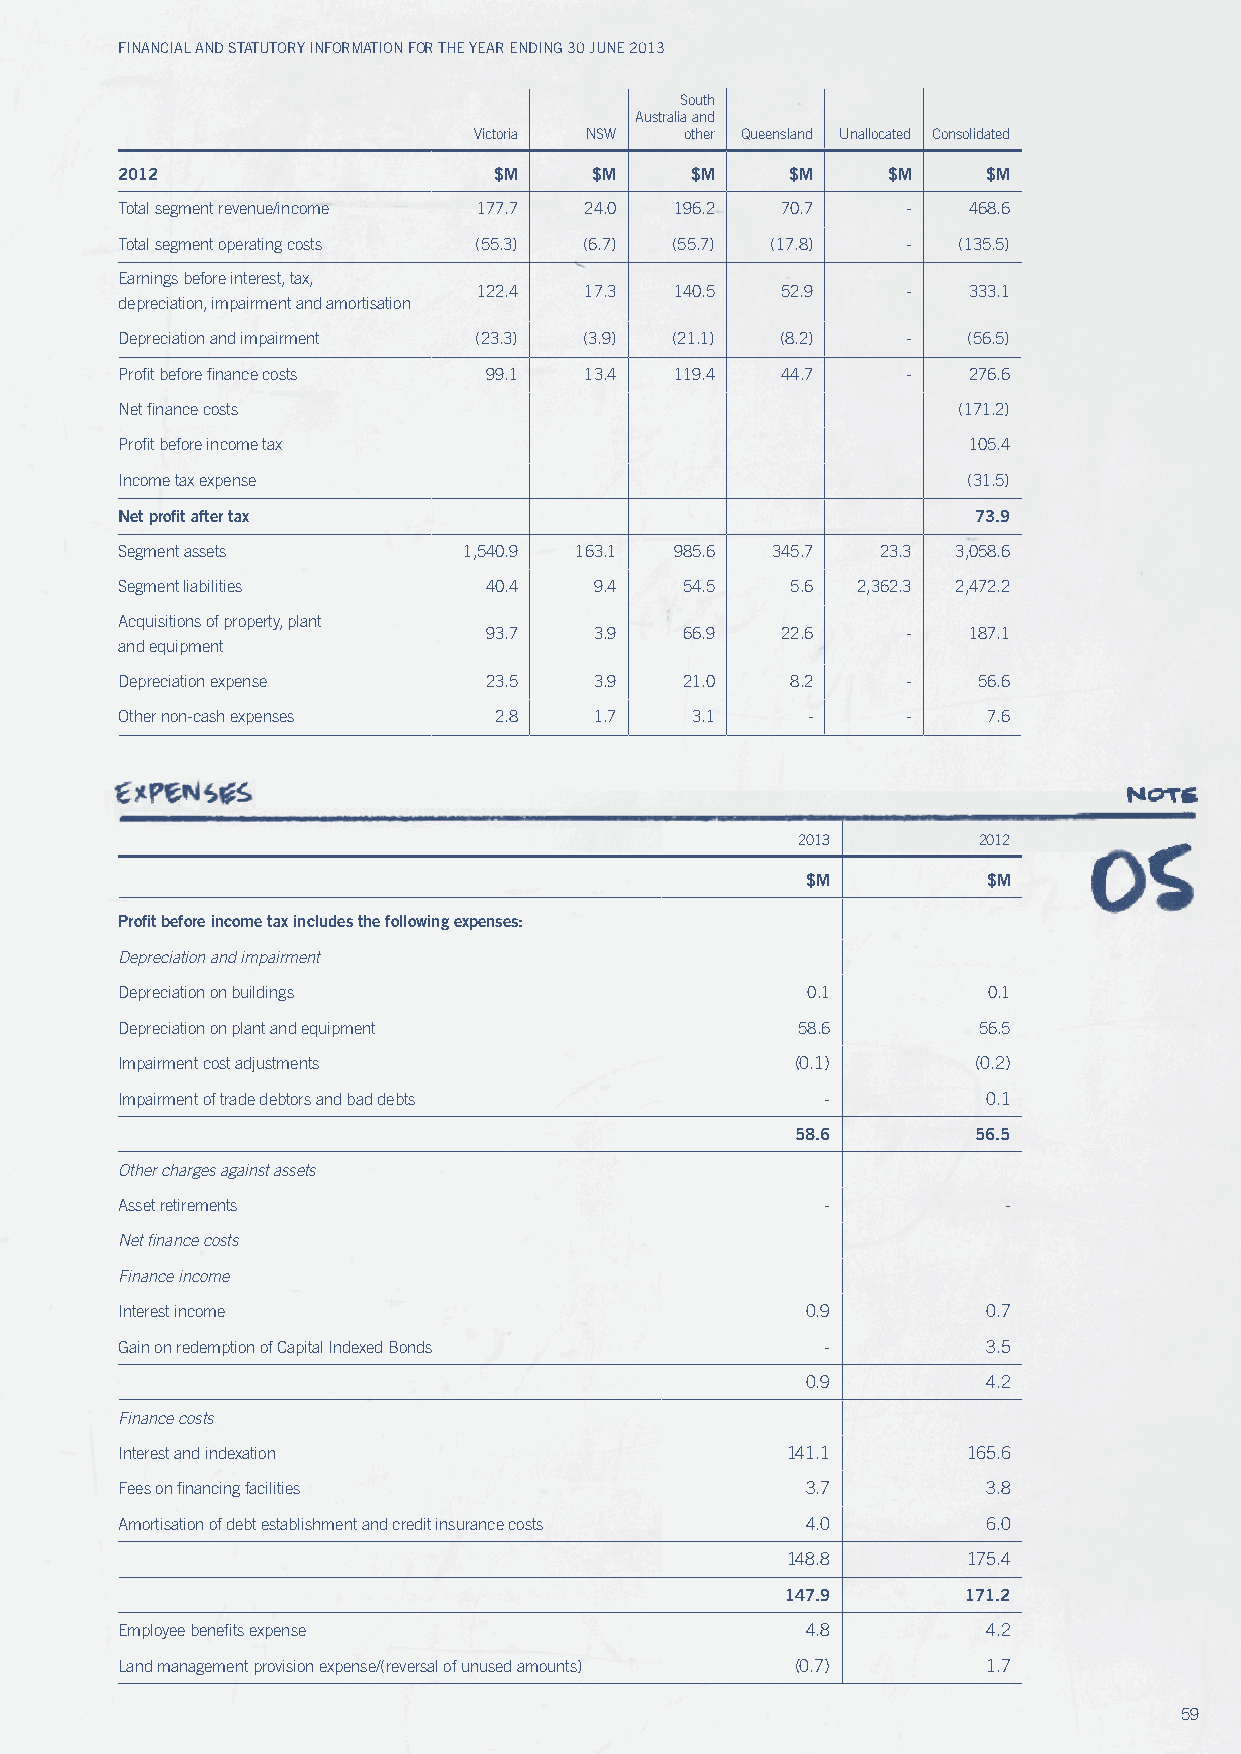
Financial and Statutory inFormation For the year ending 30 June 2013
 South
 Australia and
 victoria NSw  other Queensland unallocated Consolidated
 2012                     $M    $M     $M    $M     $M    $M
 Total segment revenue/income 177.7 24.0 196.2 70.7  -   468.6
 Total segment operating costs (55.3) (6.7) (55.7) (17.8) - (135.5)
 Earnings before interest, tax,
 122.4  17.3  140.5  52.9    -   333.1
 depreciation, impairment and amortisation
 Depreciation and impairment (23.3) (3.9) (21.1) (8.2) - (56.5)
 Profit before finance costs 99.1 13.4 119.4 44.7    -   276.6
 Net finance costs                                      (171.2)
 Profit before income tax                                105.4
 Income tax expense                                      (31.5)
 Net profit after tax                                     73.9
 Segment assets         1,540.9 163.1 985.6 345.7  23.3 3,058.6
 Segment liabilities     40.4   9.4   54.5   5.6  2,362.3 2,472.2
 Acquisitions of property, plant
 93.7   3.9   66.9   22.6    -   187.1
 and equipment
 Depreciation expense    23.5   3.9   21.0   8.2     -    56.6
 Other non-cash expenses  2.8   1.7    3.1    -      -    7.6
 2013        2012
 $M          $M
 Profit before income tax includes the following expenses:
 Depreciation and impairment
 Depreciation on buildings                    0.1         0.1
 Depreciation on plant and equipment          58.6        56.5
 Impairment cost adjustments                  (0.1)      (0.2)
 Impairment of trade debtors and bad debts      -         0.1
 58.6        56.5
 other charges against assets
 Asset retirements                              -          -
 net finance costs
 Finance income
 Interest income                              0.9         0.7
 Gain on redemption of Capital Indexed Bonds    -         3.5
 0.9         4.2
 Finance costs
 Interest and indexation                     141.1       165.6
 Fees on financing facilities                 3.7         3.8
 Amortisation of debt establishment and credit insurance costs 4.0 6.0
 148.8       175.4
 147.9       171.2
 Employee benefits expense                    4.8         4.2
 Land management provision expense/(reversal of unused amounts) (0.7) 1.7
 59